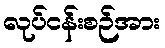
လုပ်ငန်းစဉ်အား